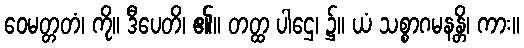
ဝေမတ္တတံ၊ ကို။ ဒီပေတိ၊ ၏။ တတ္ထ ပါဌေ၊ ၌။ ယံ သစ္စာဂမနန္တိ၊ ကား။